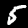
Label: 5